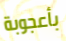
بأعجوبة